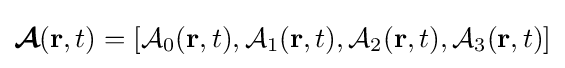
{\boldsymbol {\mathcal {A}}}(\mathbf {r} ,t)=[{\mathcal {A}}_{0}(\mathbf {r} ,t),{\mathcal {A}}_{1}(\mathbf {r} ,t),{\mathcal {A}}_{2}(\mathbf {r} ,t),{\mathcal {A}}_{3}(\mathbf {r} ,t)]